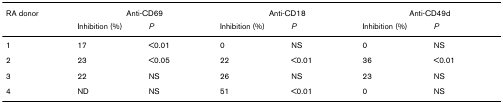
<table><thead><tr><td><b>RA donor</b></td><td colspan="2"><b>Anti-CD69</b></td><td colspan="2"><b>Anti-CD18</b></td><td colspan="2"><b>Anti-CD49d</b></td></tr><tr><td></td><td><b>Inhibition (%)</b></td><td><b><i>P</i></b></td><td><b>Inhibition (%)</b></td><td><b><i>P</i></b></td><td><b>Inhibition (%)</b></td><td><b><i>P</i></b></td></tr></thead><tbody><tr><td>1</td><td>17</td><td>&lt;0.01</td><td>0</td><td>NS</td><td>0</td><td>NS</td></tr><tr><td>2</td><td>23</td><td>&lt;0.05</td><td>22</td><td>&lt;0.01</td><td>36</td><td>&lt;0.01</td></tr><tr><td>3</td><td>22</td><td>NS</td><td>26</td><td>NS</td><td>23</td><td>NS</td></tr><tr><td>4</td><td>ND</td><td>NS</td><td>51</td><td>&lt;0.01</td><td>0</td><td>NS</td></tr></tbody></table>